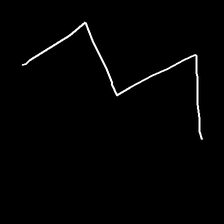
Glyph: crush